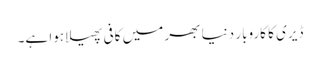
ڈیری کا کاروبار دنیا بھر میں کافی پھیلا ہوا ہے۔